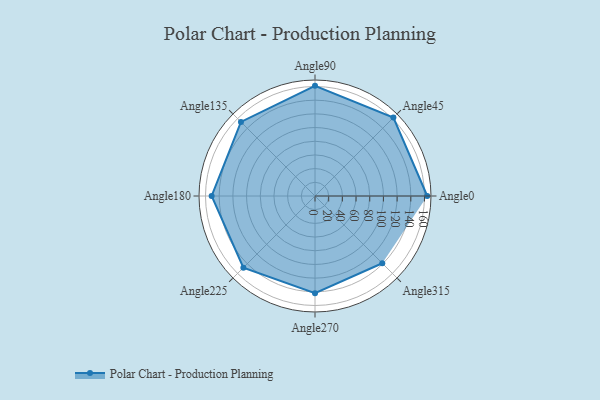
{"axis": {"x": "Angle", "y": "Radius"}, "legend": [""], "data": [{"x": "Angle0", "y": 164.0, "type": ""}, {"x": "Angle45", "y": 162.0, "type": ""}, {"x": "Angle90", "y": 161.0, "type": ""}, {"x": "Angle135", "y": 153.0, "type": ""}, {"x": "Angle180", "y": 151.0, "type": ""}, {"x": "Angle225", "y": 148.0, "type": ""}, {"x": "Angle270", "y": 142.0, "type": ""}, {"x": "Angle315", "y": 139.0, "type": ""}]}